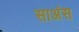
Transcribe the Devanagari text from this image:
साअंस